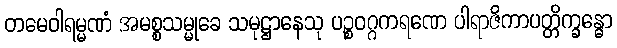
တမေဝါရမ္မဏံ အမစ္စသမ္မုခေ သမုဋ္ဌာနေသု ပဉ္စဝဂ္ဂကရဏေ ပါရာဇိကာပတ္တိက္ခန္ဓော